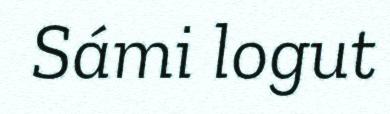
Sámi logut